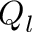
Q _ { l }